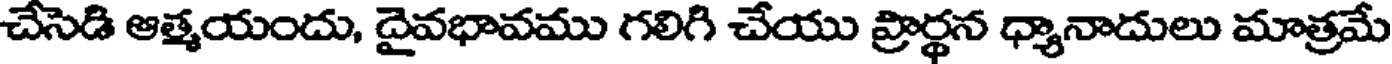
చేసెడి ఆత్మయందు, దైవభావము గలిగి చేయు ప్రార్థన ధ్యానాదులు మాత్రమే